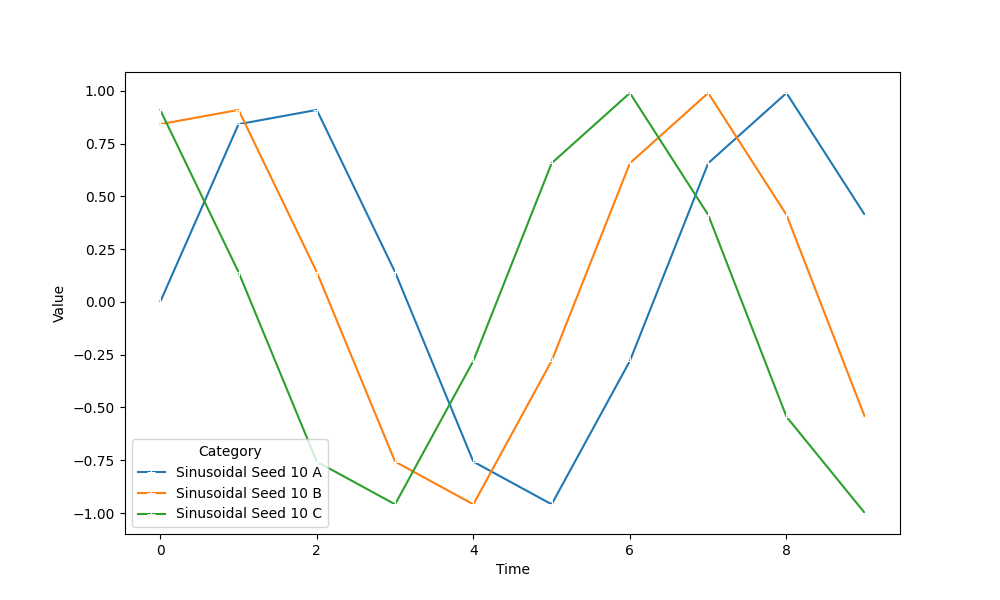
python, seaborn, lineplot, style='solid', marker='+'